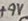
Text: +9V